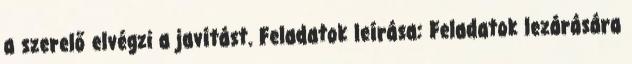
a szerelő elvégzi a javítást. Feladatok leírása: Feladatok lezárására